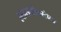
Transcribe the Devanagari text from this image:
हलसगीकरांच्या